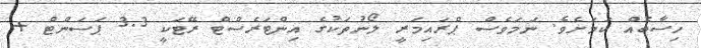
ހިސާބެއް ކަމަށެވެ. ނަމަވެސް ޕްރައިމަރީ ލޯނުތަކުގެ އިންޓަރެސްޓް ރޭޓަކީ 3.3 ޕަސަންޓް +